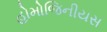
હોમોજિનીયસ